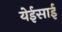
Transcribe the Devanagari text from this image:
येईसाई